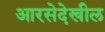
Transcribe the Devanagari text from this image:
आरसेदेखील